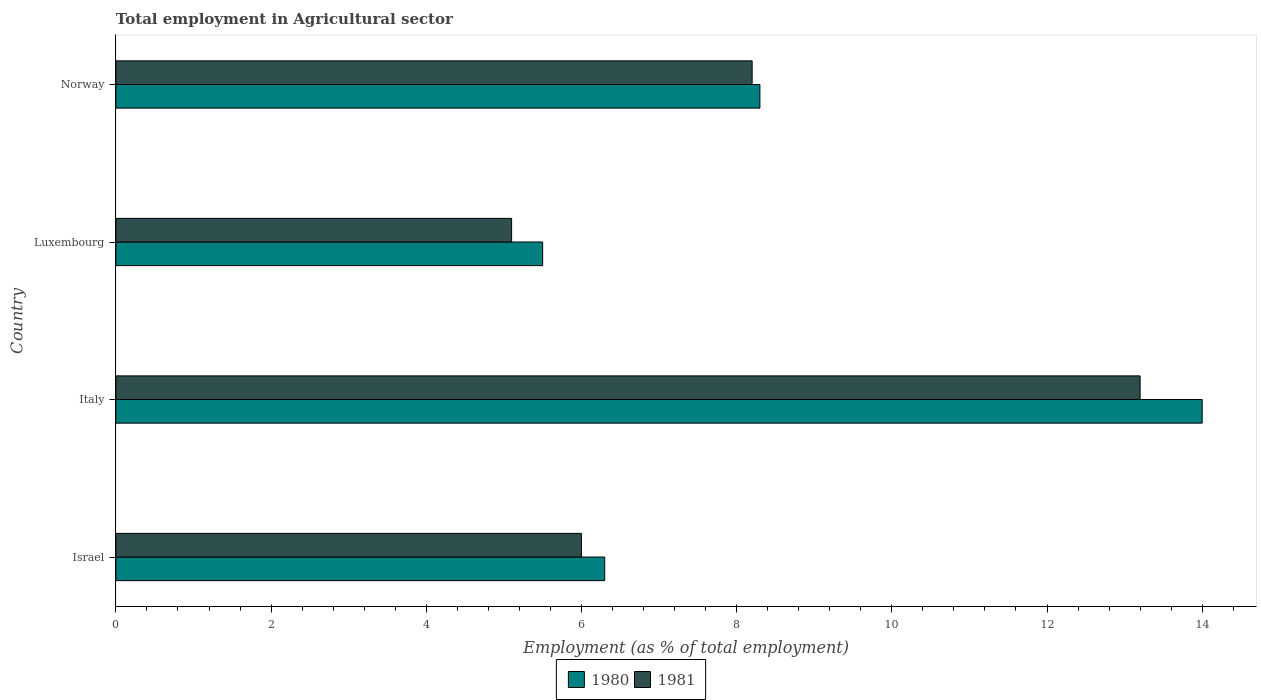
| Country | 1980 | 1981 |
 | --- | --- | --- |
 | Israel | 6.3 | 6 |
 | Italy | 14 | 13.2 |
 | Luxembourg | 5.5 | 5.1 |
 | Norway | 8.3 | 8.2 |